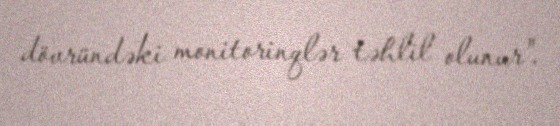
dövründəki monitorinqlər təhlil olunur".